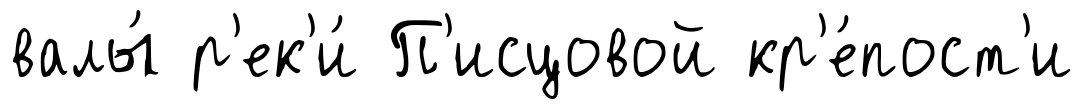
валы́ р'ек'и́ П'исцовой кр'е́пост'и